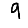
Digit: 9